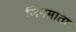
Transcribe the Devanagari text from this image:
जिनमाता